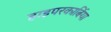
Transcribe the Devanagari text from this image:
हाइपरकार्बिया